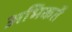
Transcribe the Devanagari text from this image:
अभिकर्ते